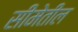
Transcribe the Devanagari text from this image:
सीमेतील